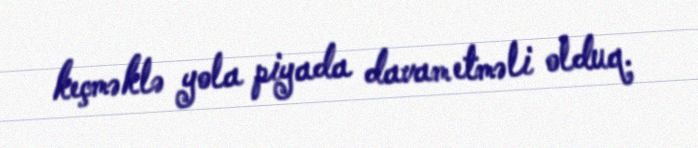
keçməklə yola piyada davam etməli olduq.